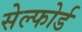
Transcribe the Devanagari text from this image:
सेल्फोर्ड